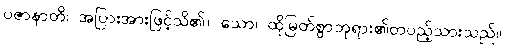
ပဇာနာတိ၊ အပြားအားဖြင့်သိ၏။ သော၊ ထိုမြတ်စွာဘုရား၏တပည့်သားသည်။